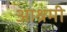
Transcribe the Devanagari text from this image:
आश्रमी